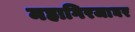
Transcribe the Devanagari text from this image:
महागिरजाघर